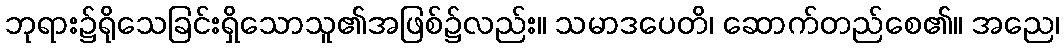
ဘုရား၌ရိုသေခြင်းရှိသောသူ၏အဖြစ်၌လည်း။ သမာဒပေတိ၊ ဆောက်တည်စေ၏။ အညေ၊